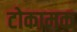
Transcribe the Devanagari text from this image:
टोकामक